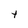
Character: t